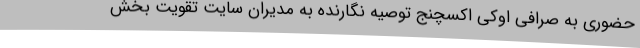
حضوری به صرافی اوکی اکسچنج توصیه نگارنده به مدیران سایت تقویت بخش